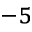
^ { - 5 }